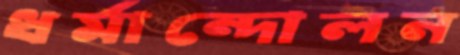
ধর্মান্দোলন